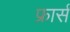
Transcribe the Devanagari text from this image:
फ्रार्स